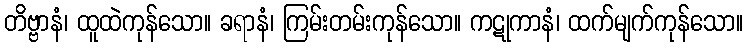
တိဗ္ဗာနံ၊ ထူထဲကုန်သော။ ခရာနံ၊ ကြမ်းတမ်းကုန်သော။ ကဋုကာနံ၊ ထက်မျက်ကုန်သော။